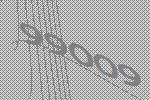
99009